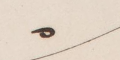
٥